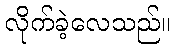
လိုက်ခဲ့လေသည်။